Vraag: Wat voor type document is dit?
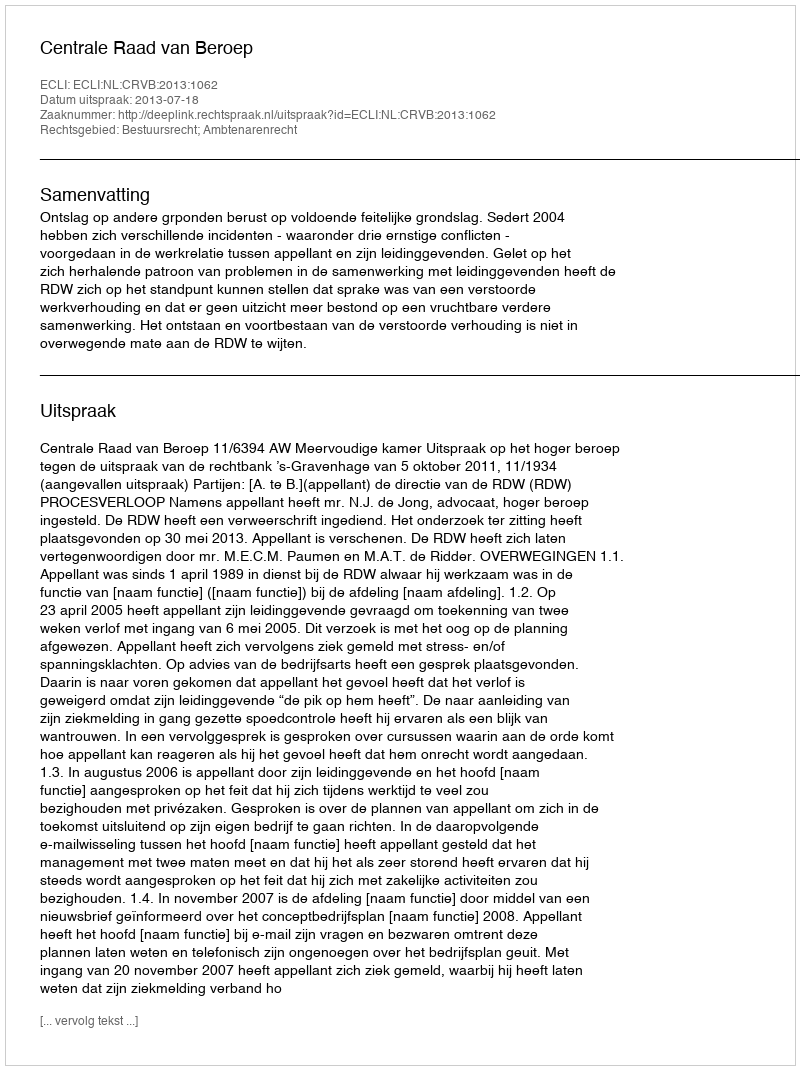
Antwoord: Uitspraak